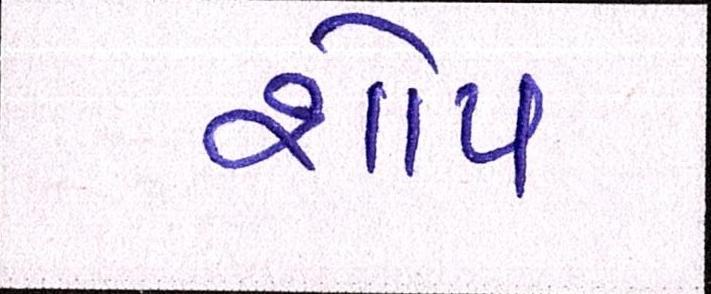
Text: શોપ